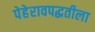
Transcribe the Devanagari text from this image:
पेहेरावपद्धतीला